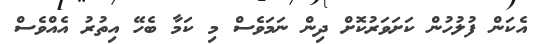
އެކަން ފުލުހުން ކަށަވަރުކޮށް ދިން ނަމަވެސް މި ކަމާ ބެހޭ އިތުރު އެއްވެސް